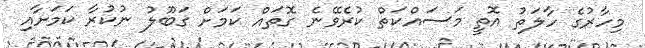
މިހާރުގެ ހާލަތު އޮތީ މަސައްކަތް ކުރެވޭނެ ގޮތައް ކަމަށް ގަބޫލު ނުކުރާ ކަމަށާއި